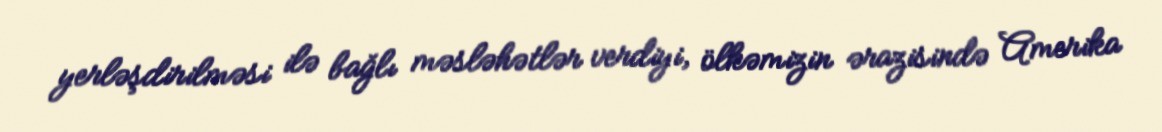
yerləşdirilməsi ilə bağlı məsləhətlər verdiyi, ölkəmizin ərazisində Amerika